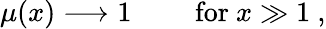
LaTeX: {\begin{array}{rlr}{\mu(x)\longrightarrow 1}&{{}}&{{\mathrm{~for~}}x\gg 1}\end{array}}~,